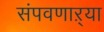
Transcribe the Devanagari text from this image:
संपवणाऱ्या